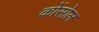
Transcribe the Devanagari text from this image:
कोंसोल